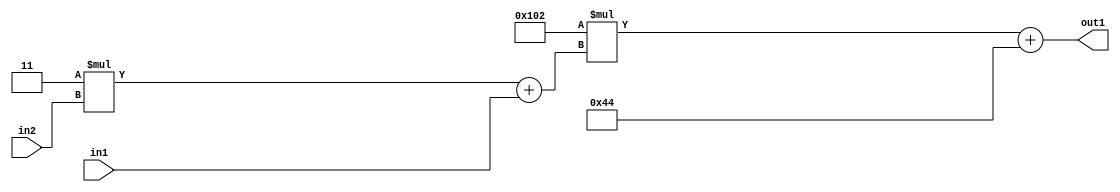
`timescale 1ps / 1ps
/*****************************************************************************
    Verilog RTL Description
    
    
    Created by: Stratus DpOpt 2019.1.01 
*******************************************************************************/

module DC_Filter_Add2i68Mul2i258Add2u1Mul2i3u2_1 (
	in2,
	in1,
	out1
	); /* architecture "behavioural" */ 
input [1:0] in2;
input  in1;
output [11:0] out1;
wire [11:0] asc001;
wire [3:0] asc002;

wire [3:0] asc002_tmp_0;
assign asc002_tmp_0 = 
	+(4'B0011 * in2);
assign asc002 = asc002_tmp_0
	+(in1);

wire [11:0] asc001_tmp_1;
assign asc001_tmp_1 = 
	+(12'B000100000010 * asc002);
assign asc001 = asc001_tmp_1
	+(12'B000001000100);

assign out1 = asc001;
endmodule

/* CADENCE  v7b1SQk= : u9/ySgnWtBlWxVPRXgAZ4Og= ** DO NOT EDIT THIS LINE ******/